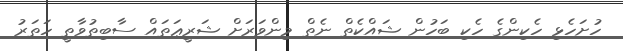
ހުށަހެޅި ހެކިންގެ ހެކި ބަހުން ޝައްކެތް ނެތް މިންވަރަށް ޝަރީޢަތައް ސާބިތުވާތީ ހަތަރު